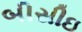
બીસીઇ